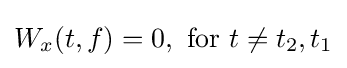
W_{x}(t,f)=0,{\text{ for }}t\neq t_{2},t_{1}